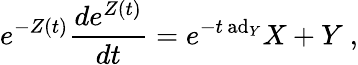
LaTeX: e^{-Z(t)}{\frac{de^{Z(t)}}{dt}}=e^{-t\, \mathrm{ad}_{Y}}X+Y~,